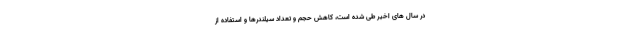
در سال های اخیر طی شده است، کاهش حجم و تعداد سیلندرها و استفاده از